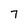
Character: 7